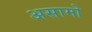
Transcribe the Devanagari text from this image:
असामो